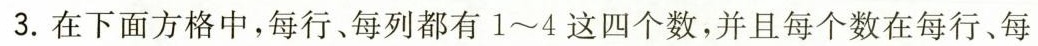
3.在下面方格中，每行、每列都有1~4这四个数，并且每个数在每行、每